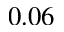
0 . 0 6